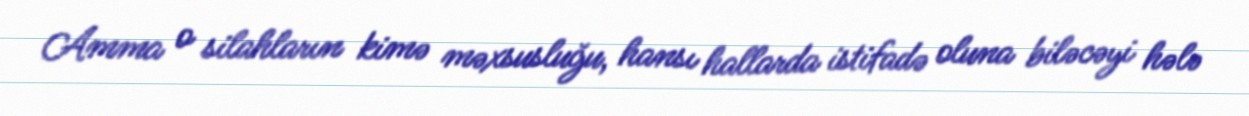
Amma o silahların kimə məxsusluğu, hansı hallarda istifadə oluna biləcəyi hələ